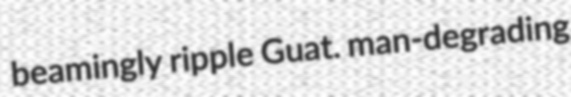
beamingly ripple Guat. man-degrading